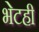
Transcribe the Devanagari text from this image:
भेटही